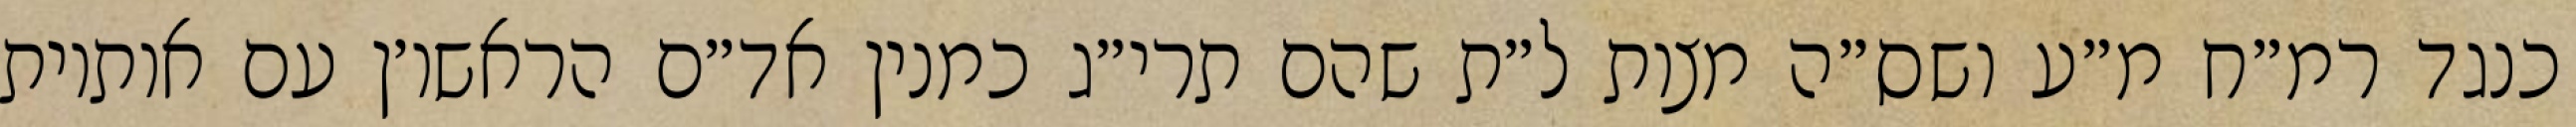
כנגד רמ״ח מ״ע ושס״ה מצות ל״ת שהם תרי״ג כמנין אד״ם הראשו׳ן עם אותיות